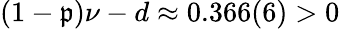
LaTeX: (1-\mathfrak{p})\nu-d\approx0.366(6)>0